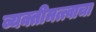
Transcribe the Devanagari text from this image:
व्यक्तीमत्त्वाचा